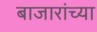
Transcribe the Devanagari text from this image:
बाजारांच्या